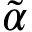
\tilde { \alpha }